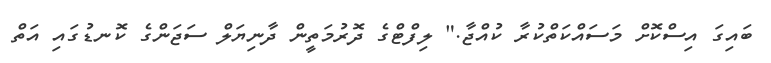
ބައިގަ އިސްކޮށް މަސައްކަތްކުރާ ކުއްޖާ." ލިފްޓްގެ ދޮރުމަތީން ދާނިޔަލް ސަޖަންގެ ކޮނޑުގައި އަތް